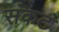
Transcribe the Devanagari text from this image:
संकटं